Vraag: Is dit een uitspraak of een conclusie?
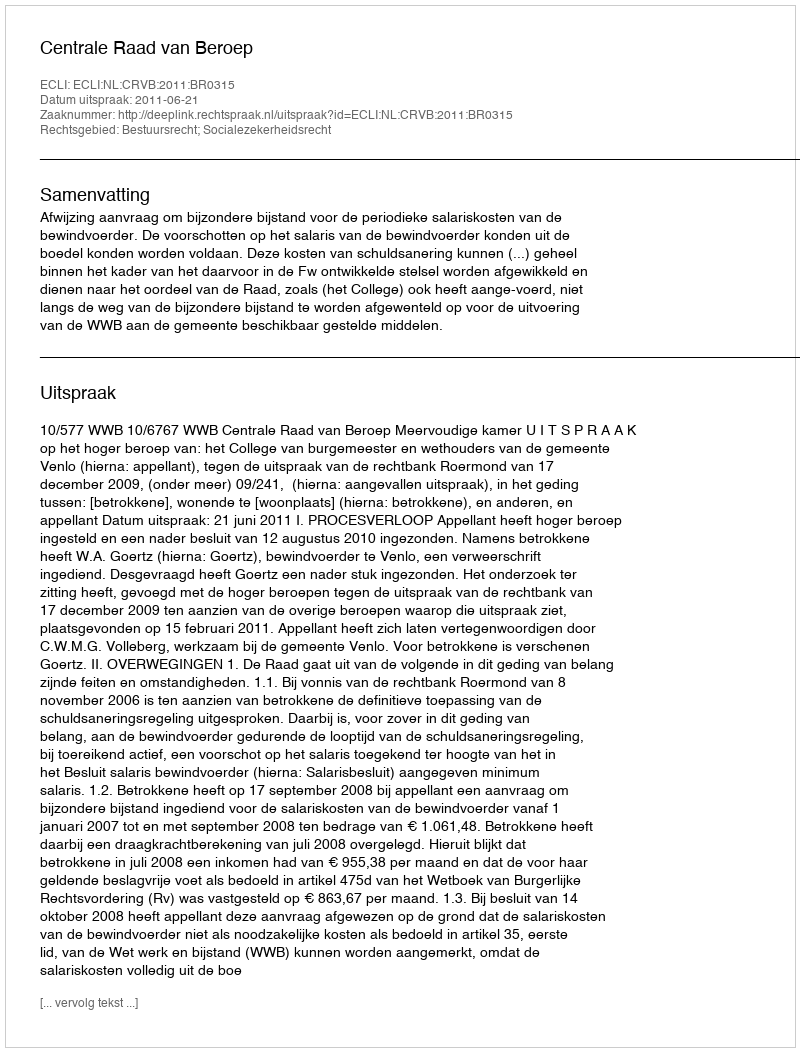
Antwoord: Uitspraak